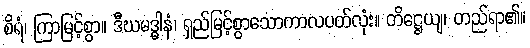
စိရံ၊ ကြာမြင့်စွာ။ ဒီဃမဒ္ဓါနံ၊ ရှည်မြင့်စွာသောကာလပတ်လုံး။ တိဋ္ဌေယျ၊ တည်ရာ၏။